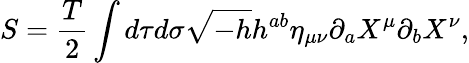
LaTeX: S=\frac{T}{2}\int d\tau d\sigma\sqrt{-h}h^{ab}\eta_{\mu\nu}\partial_{a}X^{\mu}\partial_{b}X^{\nu},